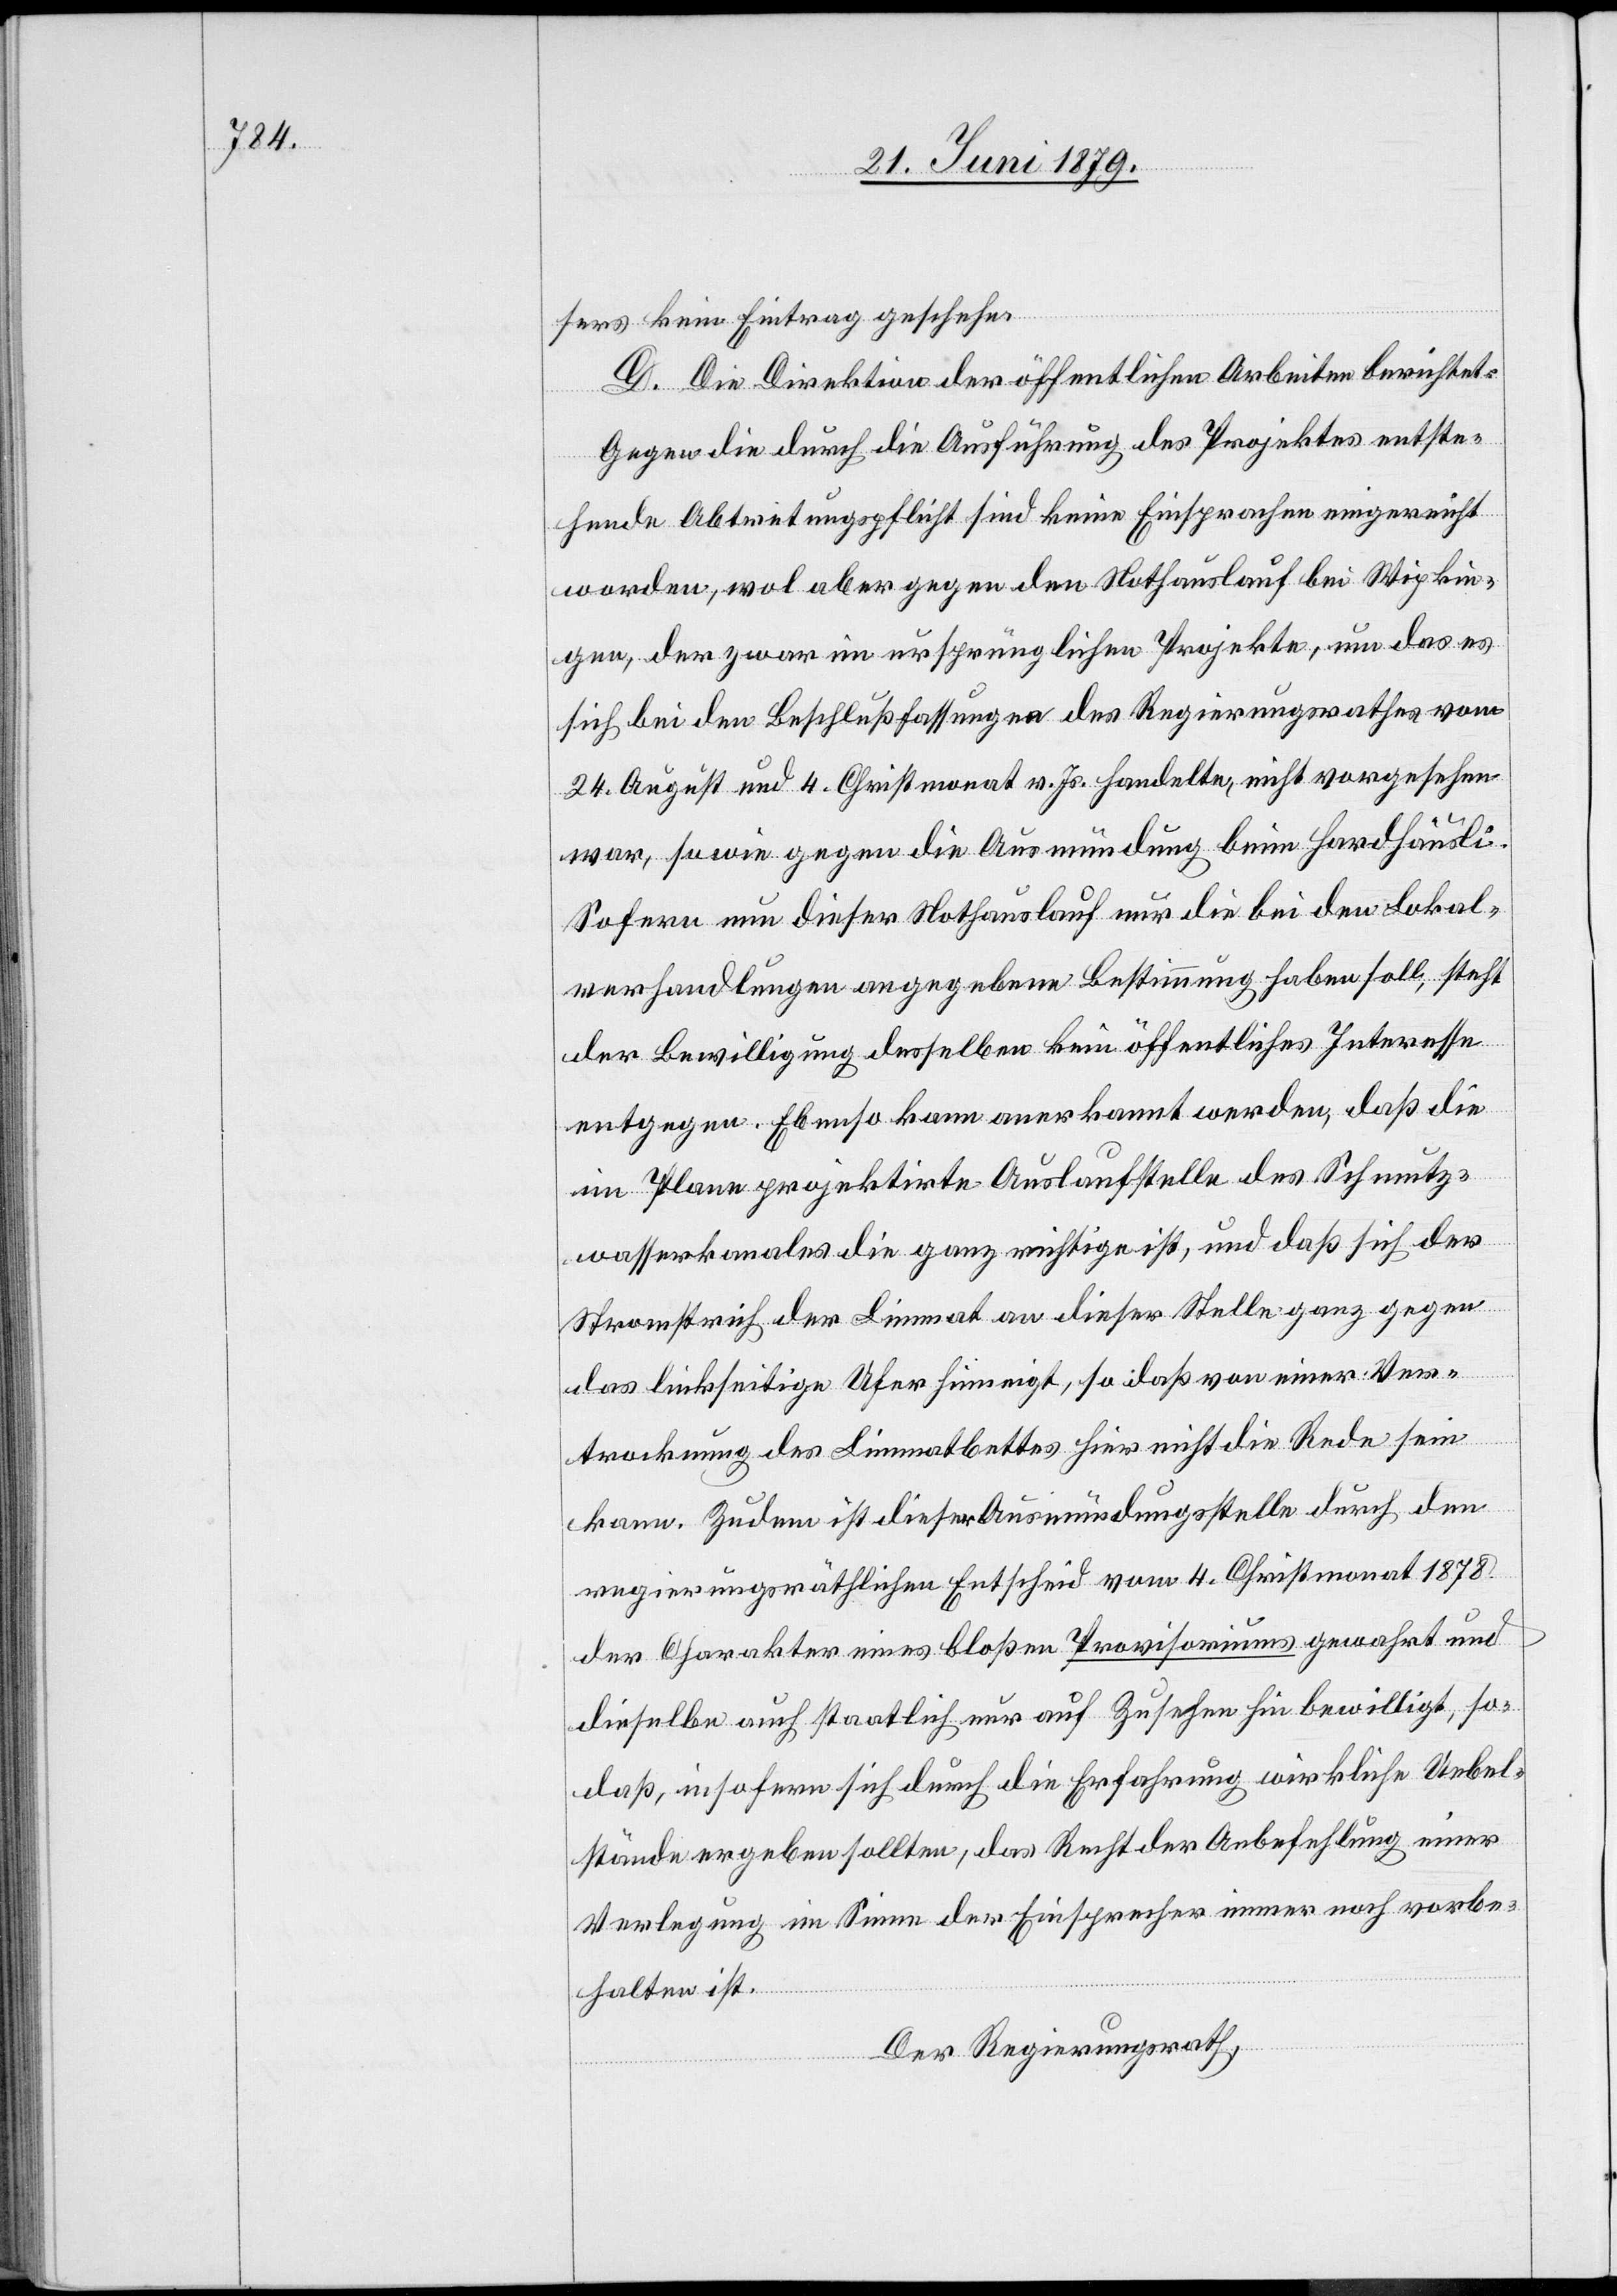
sers kein Eintrag geschehe.
D. Die Direktion der öffentlichen Arbeiten berichtet:
Gegen die durch die Ausführung des Projektes entste¬
hende Abtretungspflicht sind keine Einsprachen eingereicht
worden, wol aber gegen den Nothauslauf bei Wipkin¬
gen, der zwar im ursprünglichen Projekte, um das es
sich bei den Beschlußfassungen des Regierungsrathes vom
24. August und 4. Christmonat v. Js. handelte, nicht vorgesehen
war, sowie gegen die Ausmündung beim Hardhäusli.
Sofern nun dieser Nothauslauf nur die bei den Lokal¬
verhandlungen angegebene Bestimmung haben soll, steht
der Bewilligung desselben kein öffentliches Interesse
entgegen. Ebenso kann anerkannt werden, daß die
im Plane projektirte Auslaufstelle des Schmutz¬
wasserkanales die ganz richtige ist, und daß sich der
Stromstrich der Limmat an dieser Stelle ganz gegen
das linkseitige Ufer hinneigt, so daß von einer Ver¬
trocknung des Limmatbettes hier nicht die Rede sein
kann. Zudem ist dieser Ausmündungsstelle durch den
regierungsräthlichen Entscheid vom 4. Christmonat 1878
der Charakter eines bloßen Provisoriums gewahrt und
dieselbe auch staatlich nur auf Zusehen hin bewilligt, so¬
daß, insofern sich durch die Erfahrung wirkliche Uebel¬
stände ergeben sollten, das Recht der Anbefehlung einer
Verlegung im Sinne der Einsprecher immer noch vorbe¬
halten ist.
Der Regierungsrath,